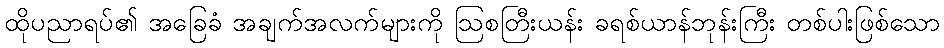
ထိုပညာရပ်၏ အခြေခံ အချက်အလက်များကို ဩစတြီးယန်း ခရစ်ယာန်ဘုန်းကြီး တစ်ပါးဖြစ်သော